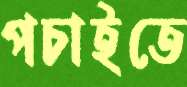
পচাইতে